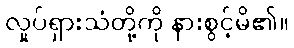
လှုပ်ရှားသံတို့ကို နားစွင့်မိ၏။